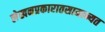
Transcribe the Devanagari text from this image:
लेखनप्रकारातसामान्यत